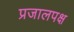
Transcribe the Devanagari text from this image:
प्रजालपक्ष